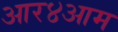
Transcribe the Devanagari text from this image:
आर४आम